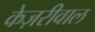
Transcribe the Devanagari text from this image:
केज़रीवाल